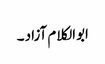
ابوالکلام آزاد ۔